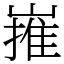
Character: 嶊